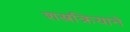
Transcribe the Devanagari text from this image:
शस्त्रक्रियाने